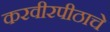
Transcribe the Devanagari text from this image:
करवीरपीठाचे